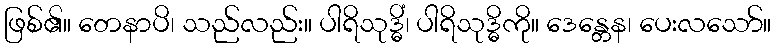
ဖြစ်၏။ တေနာပိ၊ သည်လည်း။ ပါရိသုဒ္ဓိံ၊ ပါရိသုဒ္ဓိကို။ ဒေန္တေန၊ ပေးလသော်။